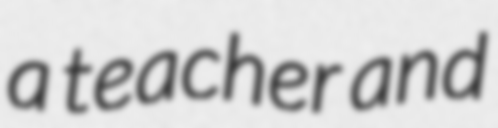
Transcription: a teacher and